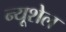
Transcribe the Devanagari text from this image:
न्यूशेल